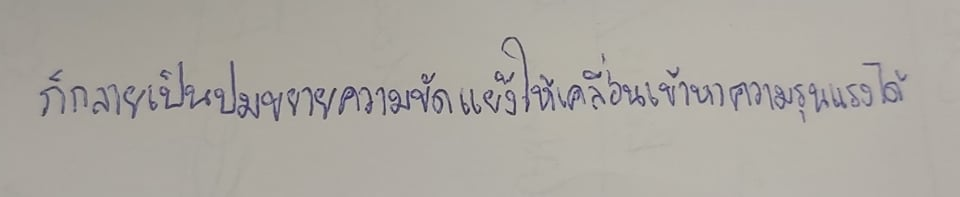
ก็กลายเป็นปมขยายความขัดแย้งให้เคลื่อนเข้าหาความรุนแรงได้